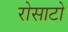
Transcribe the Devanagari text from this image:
रोसाटो